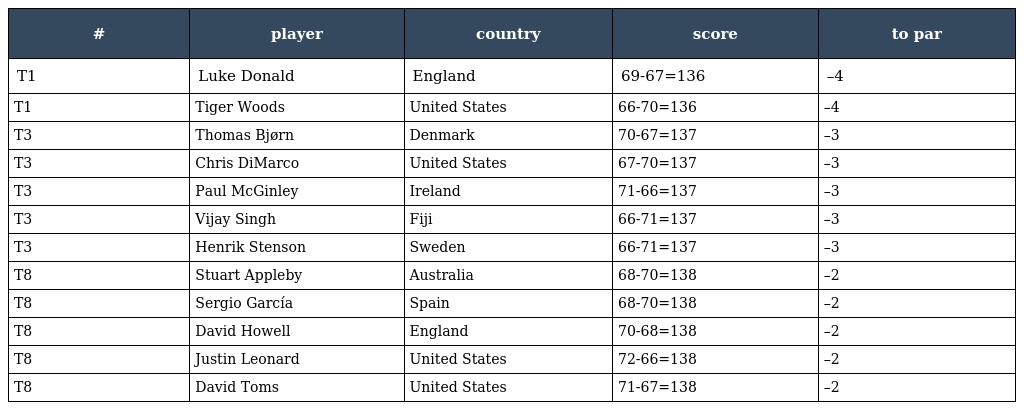
| # | player | country | score | to par |
 | --- | --- | --- | --- | --- |
 | T1 | Luke Donald | England | 69-67=136 | –4 |
 | T1 | Tiger Woods | United States | 66-70=136 | –4 |
 | T3 | Thomas Bjørn | Denmark | 70-67=137 | –3 |
 | T3 | Chris DiMarco | United States | 67-70=137 | –3 |
 | T3 | Paul McGinley | Ireland | 71-66=137 | –3 |
 | T3 | Vijay Singh | Fiji | 66-71=137 | –3 |
 | T3 | Henrik Stenson | Sweden | 66-71=137 | –3 |
 | T8 | Stuart Appleby | Australia | 68-70=138 | –2 |
 | T8 | Sergio García | Spain | 68-70=138 | –2 |
 | T8 | David Howell | England | 70-68=138 | –2 |
 | T8 | Justin Leonard | United States | 72-66=138 | –2 |
 | T8 | David Toms | United States | 71-67=138 | –2 |